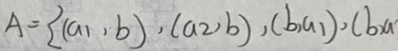
A = [ ( a _ { 1 } , b ) , ( a _ { 2 } , b ) , ( b , a _ { 1 } ) , ( b , a